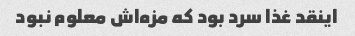
اینقد غذا سرد بود که مزه‌اش معلوم نبود